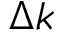
\Delta k